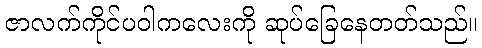
ဇာလက်ကိုင်ပဝါကလေးကို ဆုပ်ခြေနေတတ်သည်။